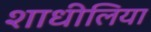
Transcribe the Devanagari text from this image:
शाधीलिया